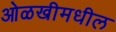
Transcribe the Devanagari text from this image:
ओळखीमधील